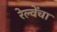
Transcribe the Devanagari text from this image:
रेल्वेंचा